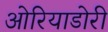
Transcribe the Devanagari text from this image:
ओरियाडोरी